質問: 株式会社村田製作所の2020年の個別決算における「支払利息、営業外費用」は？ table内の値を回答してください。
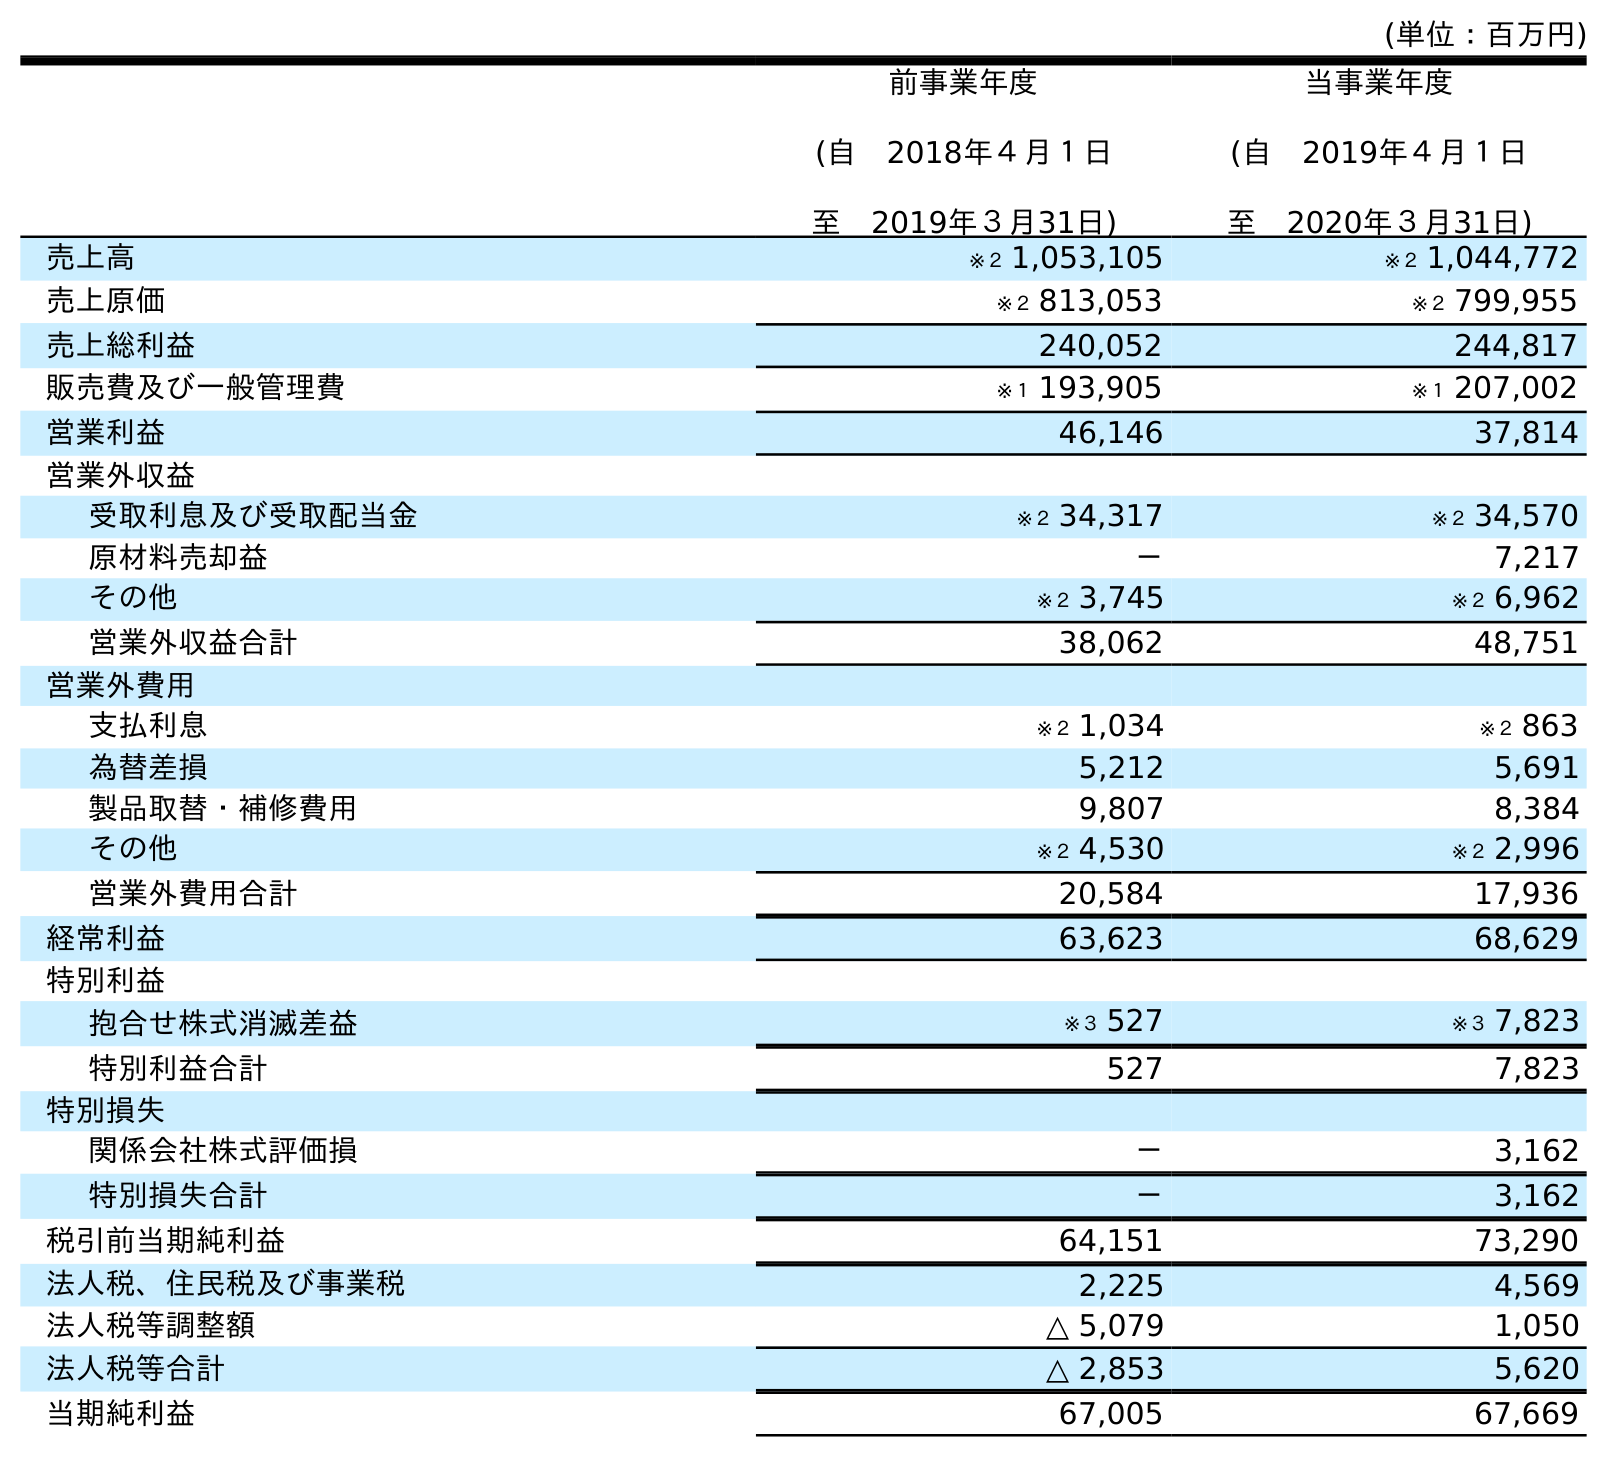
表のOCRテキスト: (単位：百万円) 前事業年度 (自 2018年４月１日 至 2019年３月31日) 当事業年度 (自 2019年４月１日 至 2020年３月31日) 売上高 ※２ 1,053,105 ※２ 1,044,772 売上原価 ※２ 813,053 ※２ 799,955 売上総利益 240,052 244,817 販売費及び一般管理費 ※１ 193,905 ※１ 207,002 営業利益 46,146 37,814 営業外収益 受取利息及び受取配当金 ※２ 34,317 ※２ 34,570 原材料売却益 － 7,217 その他 ※２ 3,745 ※２ 6,962 営業外収益合計 38,062 48,751 営業外費用 支払利息 ※２ 1,034 ※２ 863 為替差損 5,212 5,691 製品取替・補修費用 9,807 8,384 その他 ※２ 4,530 ※２ 2,996 営業外費用合計 20,584 17,936 経常利益 63,623 68,629 特別利益 抱合せ株式消滅差益 ※３ 527 ※３ 7,823 特別利益合計 527 7,823 特別損失 関係会社株式評価損 － 3,162 特別損失合計 － 3,162 税引前当期純利益 64,151 73,290 法人税、住民税及び事業税 2,225 4,569 法人税等調整額 △ 5,079 1,050 法人税等合計 △ 2,853 5,620 当期純利益 67,005 67,669
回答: ※２863